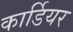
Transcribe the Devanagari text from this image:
कार्डियर